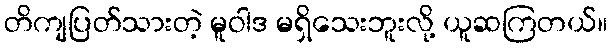
တိကျပြတ်သားတဲ့ မူဝါဒ မရှိသေးဘူးလို့ ယူဆကြတယ်။